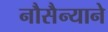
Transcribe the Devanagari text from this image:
नौसैन्याने